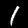
Label: 1